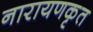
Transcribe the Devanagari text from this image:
नारायणकृत